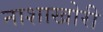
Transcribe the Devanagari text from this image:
नाशाखोरी